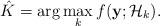
LaTeX: \begin{align*}\hat{K}=\arg\max_{k} f(\mathbf{y};\mathcal{H}_k) .\end{align*}